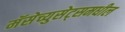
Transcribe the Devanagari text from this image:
मॅसेच्युसेट्समधील